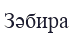
Зәбира